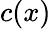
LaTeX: c(x)